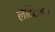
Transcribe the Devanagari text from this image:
लैविटेशन